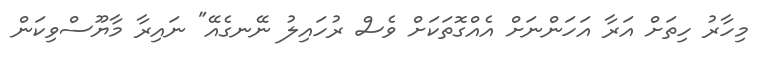
މިހާރު ހިތަށް އަރާ އަހަންނަށް އެއްގޮތަކަށް ވެސް ރުހައިލު ނޭނގެއޭ" ނައިރާ މާޔޫސްވިކަން